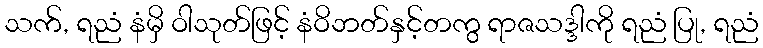
သက်, ရညံ နံမှိ ဝါသုတ်ဖြင့် နံဝိဘတ်နှင့်တကွ ရာဇသဒ္ဒါကို ရညံ ပြု, ရညံ